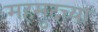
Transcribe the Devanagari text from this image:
महमुदच्या